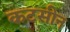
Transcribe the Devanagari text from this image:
कटसीन